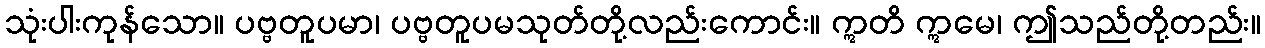
သုံးပါးကုန်သော။ ပဗ္ဗတူပမာ၊ ပဗ္ဗတူပမသုတ်တို့လည်းကောင်း။ ဣတိ ဣမေ၊ ဤသည်တို့တည်း။